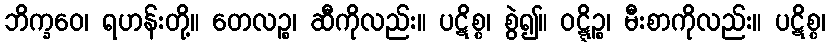
ဘိက္ခဝေ၊ ရဟန်းတို့။ တေလဉ္စ၊ ဆီကိုလည်း။ ပဋိစ္စ၊ စွဲ၍။ ဝဋ္ဋိဉ္စ၊ မီးစာကိုလည်း။ ပဋိစ္စ၊